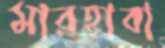
মারহাবা